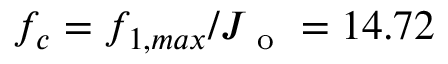
f _ { c } = f _ { 1 , m a x } / J _ { \mathrm { ~ o ~ } } = 1 4 . 7 2